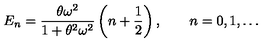
E _ { n } = \frac { \theta \omega ^ { 2 } } { 1 + \theta ^ { 2 } \omega ^ { 2 } } \left( n + \frac { 1 } { 2 } \right) , \qquad n = 0 , 1 , \ldots